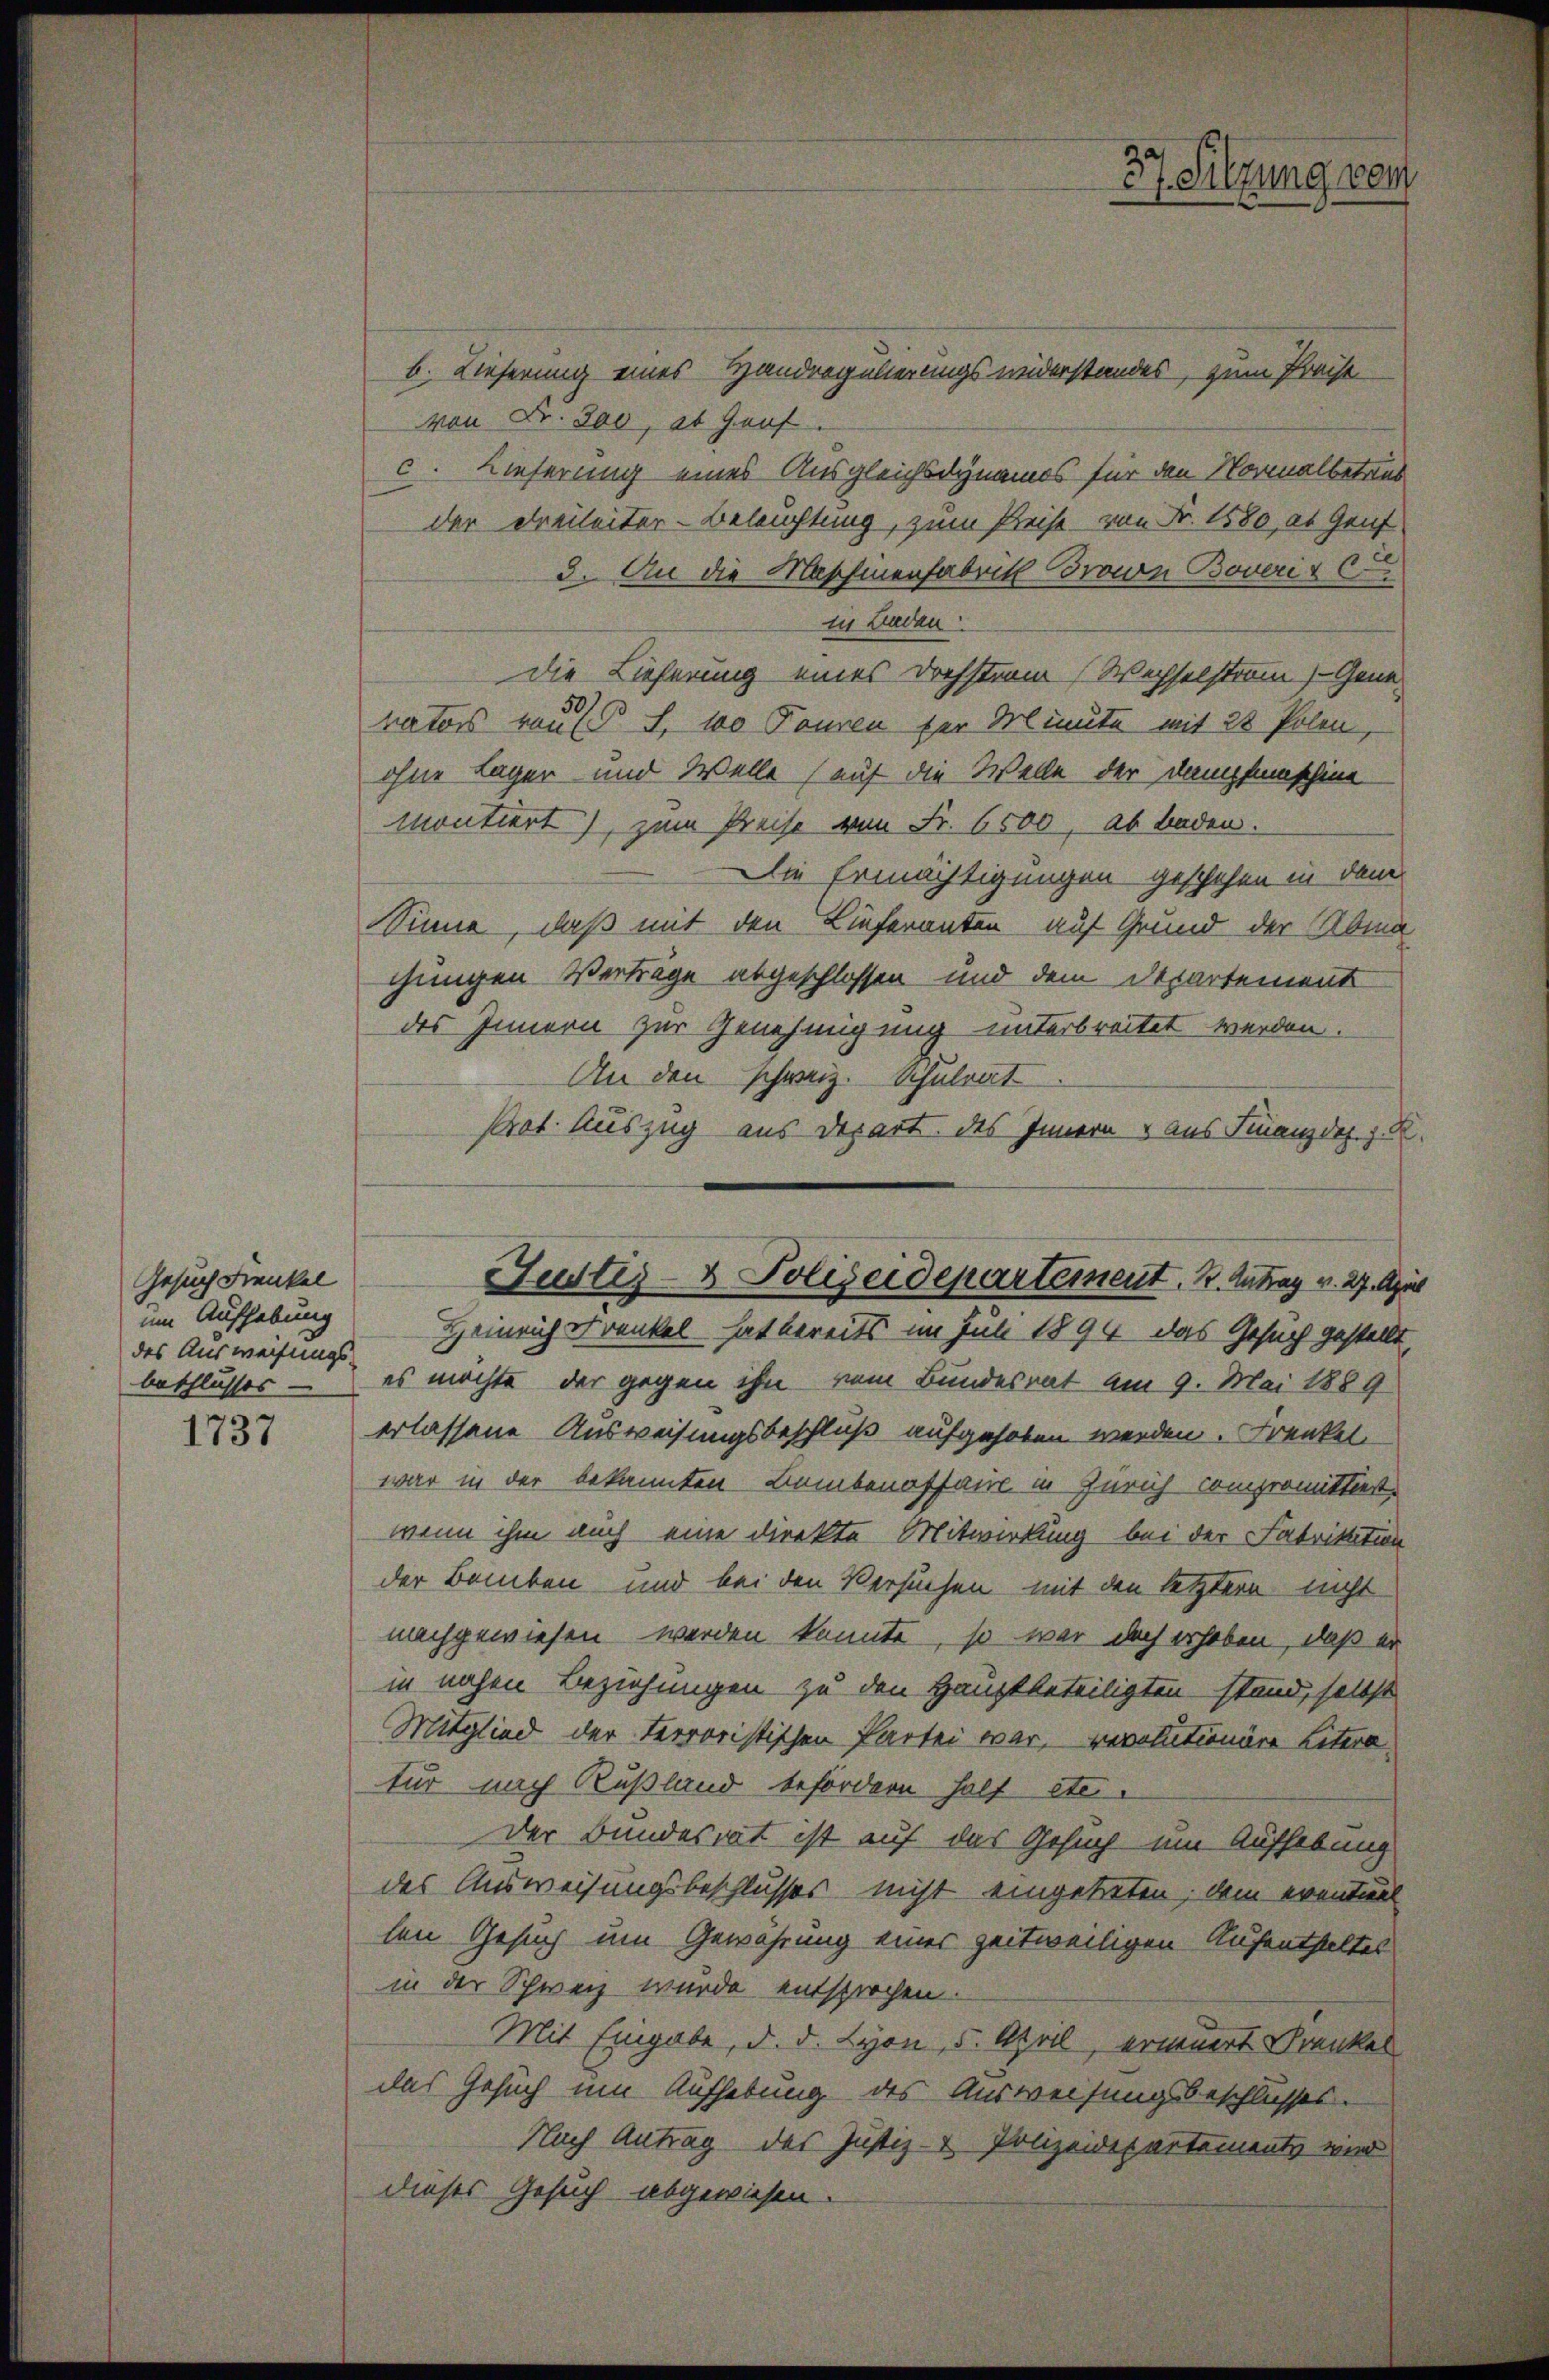
Gesuch Frenkel
um Aufhebung
des Ausweisungs-
beschlusses

1737

b. Lieferung eines Handregulierungs widerstandes, zum Preise
von Fr. 300, ob Grof.
c. Lieferung eines Ausgleichsdynamos für den Normalbetrus
der dreiheiter- Beleuchtung, zum Preise - von Fr. 1580, at Genf
3. An die Maschinenfabrik Brown Boveris C
in Lindau
die Lieferung eines Dochstrem Wechselstram) Genevators rauf S. 100 Touren der Minute mit 28 Polen,
ohne Lager- und Welle (auf die Welle der Dampfmaschine
montiert), zum Preise von Fr. 6500, ab baden.
Die Ermächtigungen geschehen in dem
inne, daß mit den Lieferanten auf Grund der Abra
chungen Verträge abgeschlossen und dem Departement
des Innern zur Genehmigung unterbreitet werden.
An den schweiz. Schulrat
Prot. Auszug aus Depart des Innern & aus Finanzdep. h. R
Sustes- & Polizeidepartement. B. Antrag v. 27. Apr
Heinrich Trunkel hat bereits im Juli 1894 das Gesuch gestellt,
es möchte, der gegen ihn vom Bundesrat am 9. Mai 1889
erlassene Ausweisungsbeschluß aufgehoben werden. Frenkel
war in der bekannten Bambenaffaire in Zürich compromittiert.
wenn ihm auch eine direkte Mitwirkung bei der Fabrikation
der Bamben und bei den Versuchen mit den letztere nicht
nachgewiesen werden könnte, so war doch erhoben, daß er
in nahen Beziehungen zu den Hauptbeteiligten stand, selbst
Mitglied der Terroristischen Partei war, revolutionäre Litera
tur nach Rußland befördern half etc.
Der Bundesrat ist auf das Gesuch um Aufhebung
des Ausweisungsbeschlusses nicht eingetreten, dem eventuel
len Gesuch um Gewährung einer zeitweiligen Aufenthaltes
in der Schweiz wurde entsprochen.
Mit Eingabe, d. d. Lyon, 5. April, erneuert Kranken
das Gesuch um Aufhebung des Ausweisungsbeschlusses.
Nach Antrag des Justiz- & Polizeidepartements mir
dieses Gesuch abgewiesen.

37. Sitzung vom